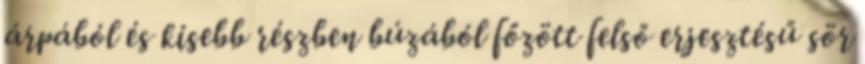
árpából és kisebb részben búzából főzött felső erjesztésű sör